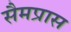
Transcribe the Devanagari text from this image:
सैमप्रास